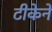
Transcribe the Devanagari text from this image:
टीकेने